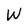
Character: W